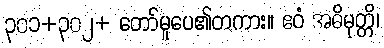
၃၀၁+၃၀၂+ တော်မူပေ၏တကား။ ဧဝံ အဓိမုတ္တိ၊